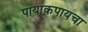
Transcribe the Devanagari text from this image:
पायाकपायचा